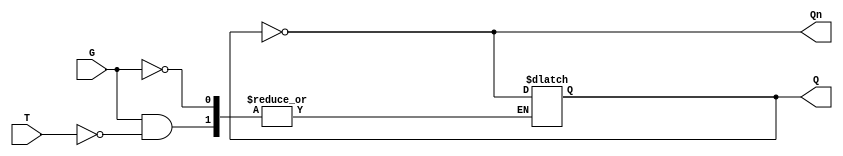
module gated_t_latch (
    input wire T,      // Toggle input
    input wire G,      // Gate signal
    output reg Q,      // Output Q
    output wire Qn     // Complement of Q
);

    assign Qn = ~Q; // Q' (not Q)

    always @(*) begin
        if (G) begin
            if (T) begin
                Q <= ~Q; // Toggle the output
            end
            // If T is 0, Q remains unchanged (implicit)
        end
        // If G is 0, Q remains unchanged (implicit)
    end

endmodule